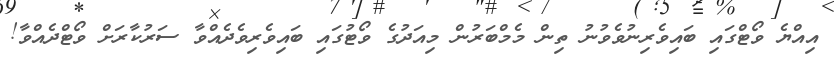
އިއްޔެ ވޯޓްގައި ބައިވެރިނުވެވުނު ތިން މެމްބަރުން މިއަދުގެ ވޯޓުގައި ބައިވެރިވެދެއްވާ ސަރުކާރަށް ވޯޓްދެއްވާ!